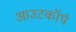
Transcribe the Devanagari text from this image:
आउटकॉर्प